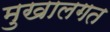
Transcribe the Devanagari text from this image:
मुखालगत